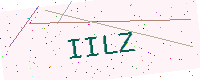
Text: IILZ